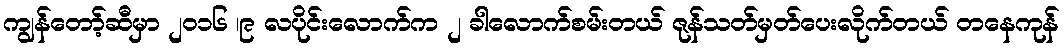
ကျွန်တော့်ဆီမှာ ၂၀၁၆ ၊၉ လပိုင်းလောက်က ၂ ခါလောက်စမ်းတယ် ဇုန်သတ်မှတ်ပေးလိုက်တယ် တနေကုန်